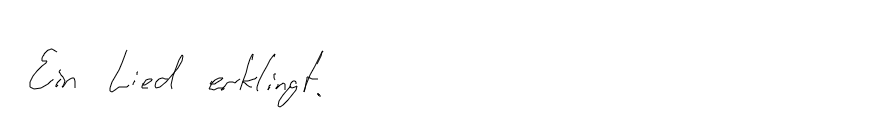
Ein Lied erklingt.